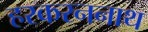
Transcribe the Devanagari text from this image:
हरकरननाथ